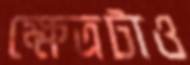
ক্ষেত্রটাও